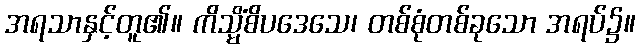
အရသာနှင့်တူ၏။ ကိသ္မိံစိပဒေသေ၊ တစ်စုံတစ်ခုသော အရပ်၌။